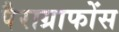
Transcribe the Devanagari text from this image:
पैराग्राफोंस